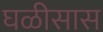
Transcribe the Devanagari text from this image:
घळीसास